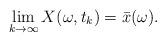
LaTeX: \begin{align*}\lim_{k\rightarrow\infty} X(\omega, t_k) = \bar{x}(\omega).\end{align*}